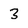
Character: 3